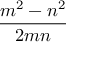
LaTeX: \frac { m ^ { 2 } - n ^ { 2 } } { 2 m n }